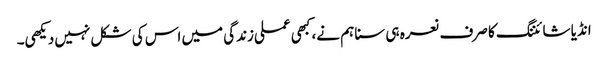
انڈیا شائننگ کا صرف نعرہ ہی سنا ہم نے، کبھی عملی زندگی میں اس کی شکل نہیں دیکھی۔